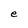
Character: e